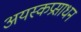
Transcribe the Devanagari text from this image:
अयस्कप्रसाधन